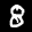
Label: 8